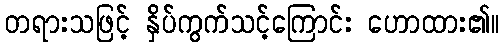
တရားသဖြင့် နှိပ်ကွက်သင့်ကြောင်း ဟောထား၏။